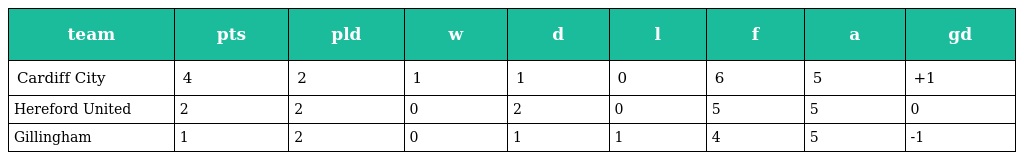
| team | pts | pld | w | d | l | f | a | gd |
 | --- | --- | --- | --- | --- | --- | --- | --- | --- |
 | Cardiff City | 4 | 2 | 1 | 1 | 0 | 6 | 5 | +1 |
 | Hereford United | 2 | 2 | 0 | 2 | 0 | 5 | 5 | 0 |
 | Gillingham | 1 | 2 | 0 | 1 | 1 | 4 | 5 | -1 |